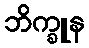
ဘိက္ခူန